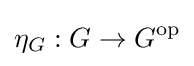
\eta _{G}:G\to G^{\text{op}}